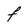
Character: F